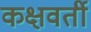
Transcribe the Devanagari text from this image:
कक्षवर्ती